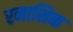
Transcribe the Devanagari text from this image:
रनाशिक